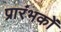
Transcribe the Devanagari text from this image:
प्रारंभकों